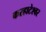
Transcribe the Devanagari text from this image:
करहाटेश्वर